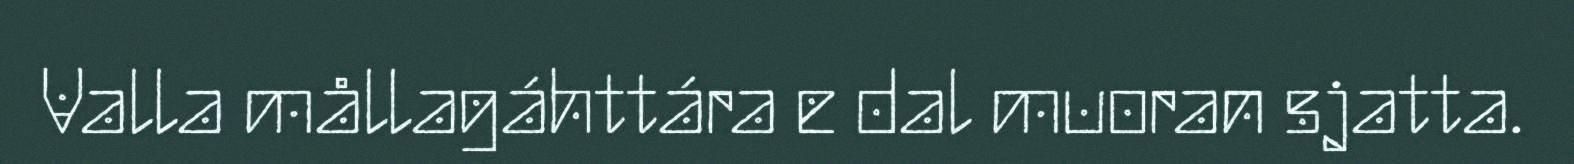
Valla mållagáhttára e dal muoran sjatta.